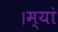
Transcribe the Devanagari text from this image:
।म्यां